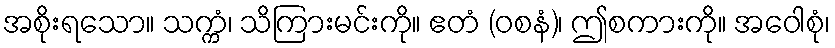
အစိုးရသော။ သက္ကံ၊ သိကြားမင်းကို။ ဧတံ (ဝစနံ)၊ ဤစကားကို။ အဝေါစုံ၊